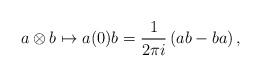
LaTeX: \begin{align*}a \otimes b \mapsto a(0)b = \frac{1}{2\pi i} \left( ab - ba \right),\end{align*}